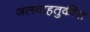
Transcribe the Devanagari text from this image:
जलवाहतुकीस